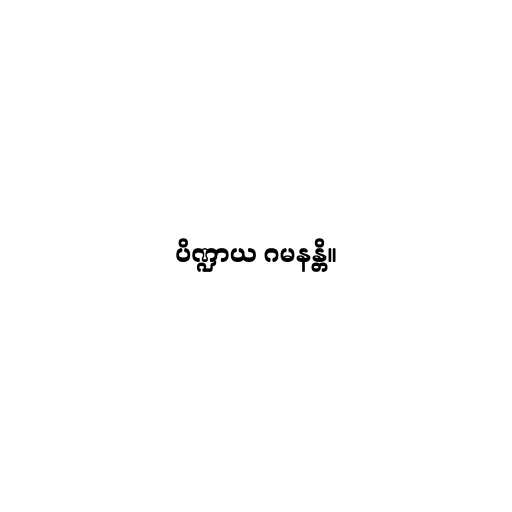
ပိဏ္ဍာယ ဂမနန္တိ။